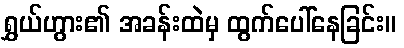
ရွှယ်ဟွား၏ အခန်းထဲမှ ထွက်ပေါ်နေခြင်း။